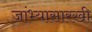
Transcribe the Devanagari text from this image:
जांभ्यासारखी